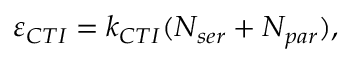
\varepsilon _ { C T I } = k _ { C T I } ( N _ { s e r } + N _ { p a r } ) ,